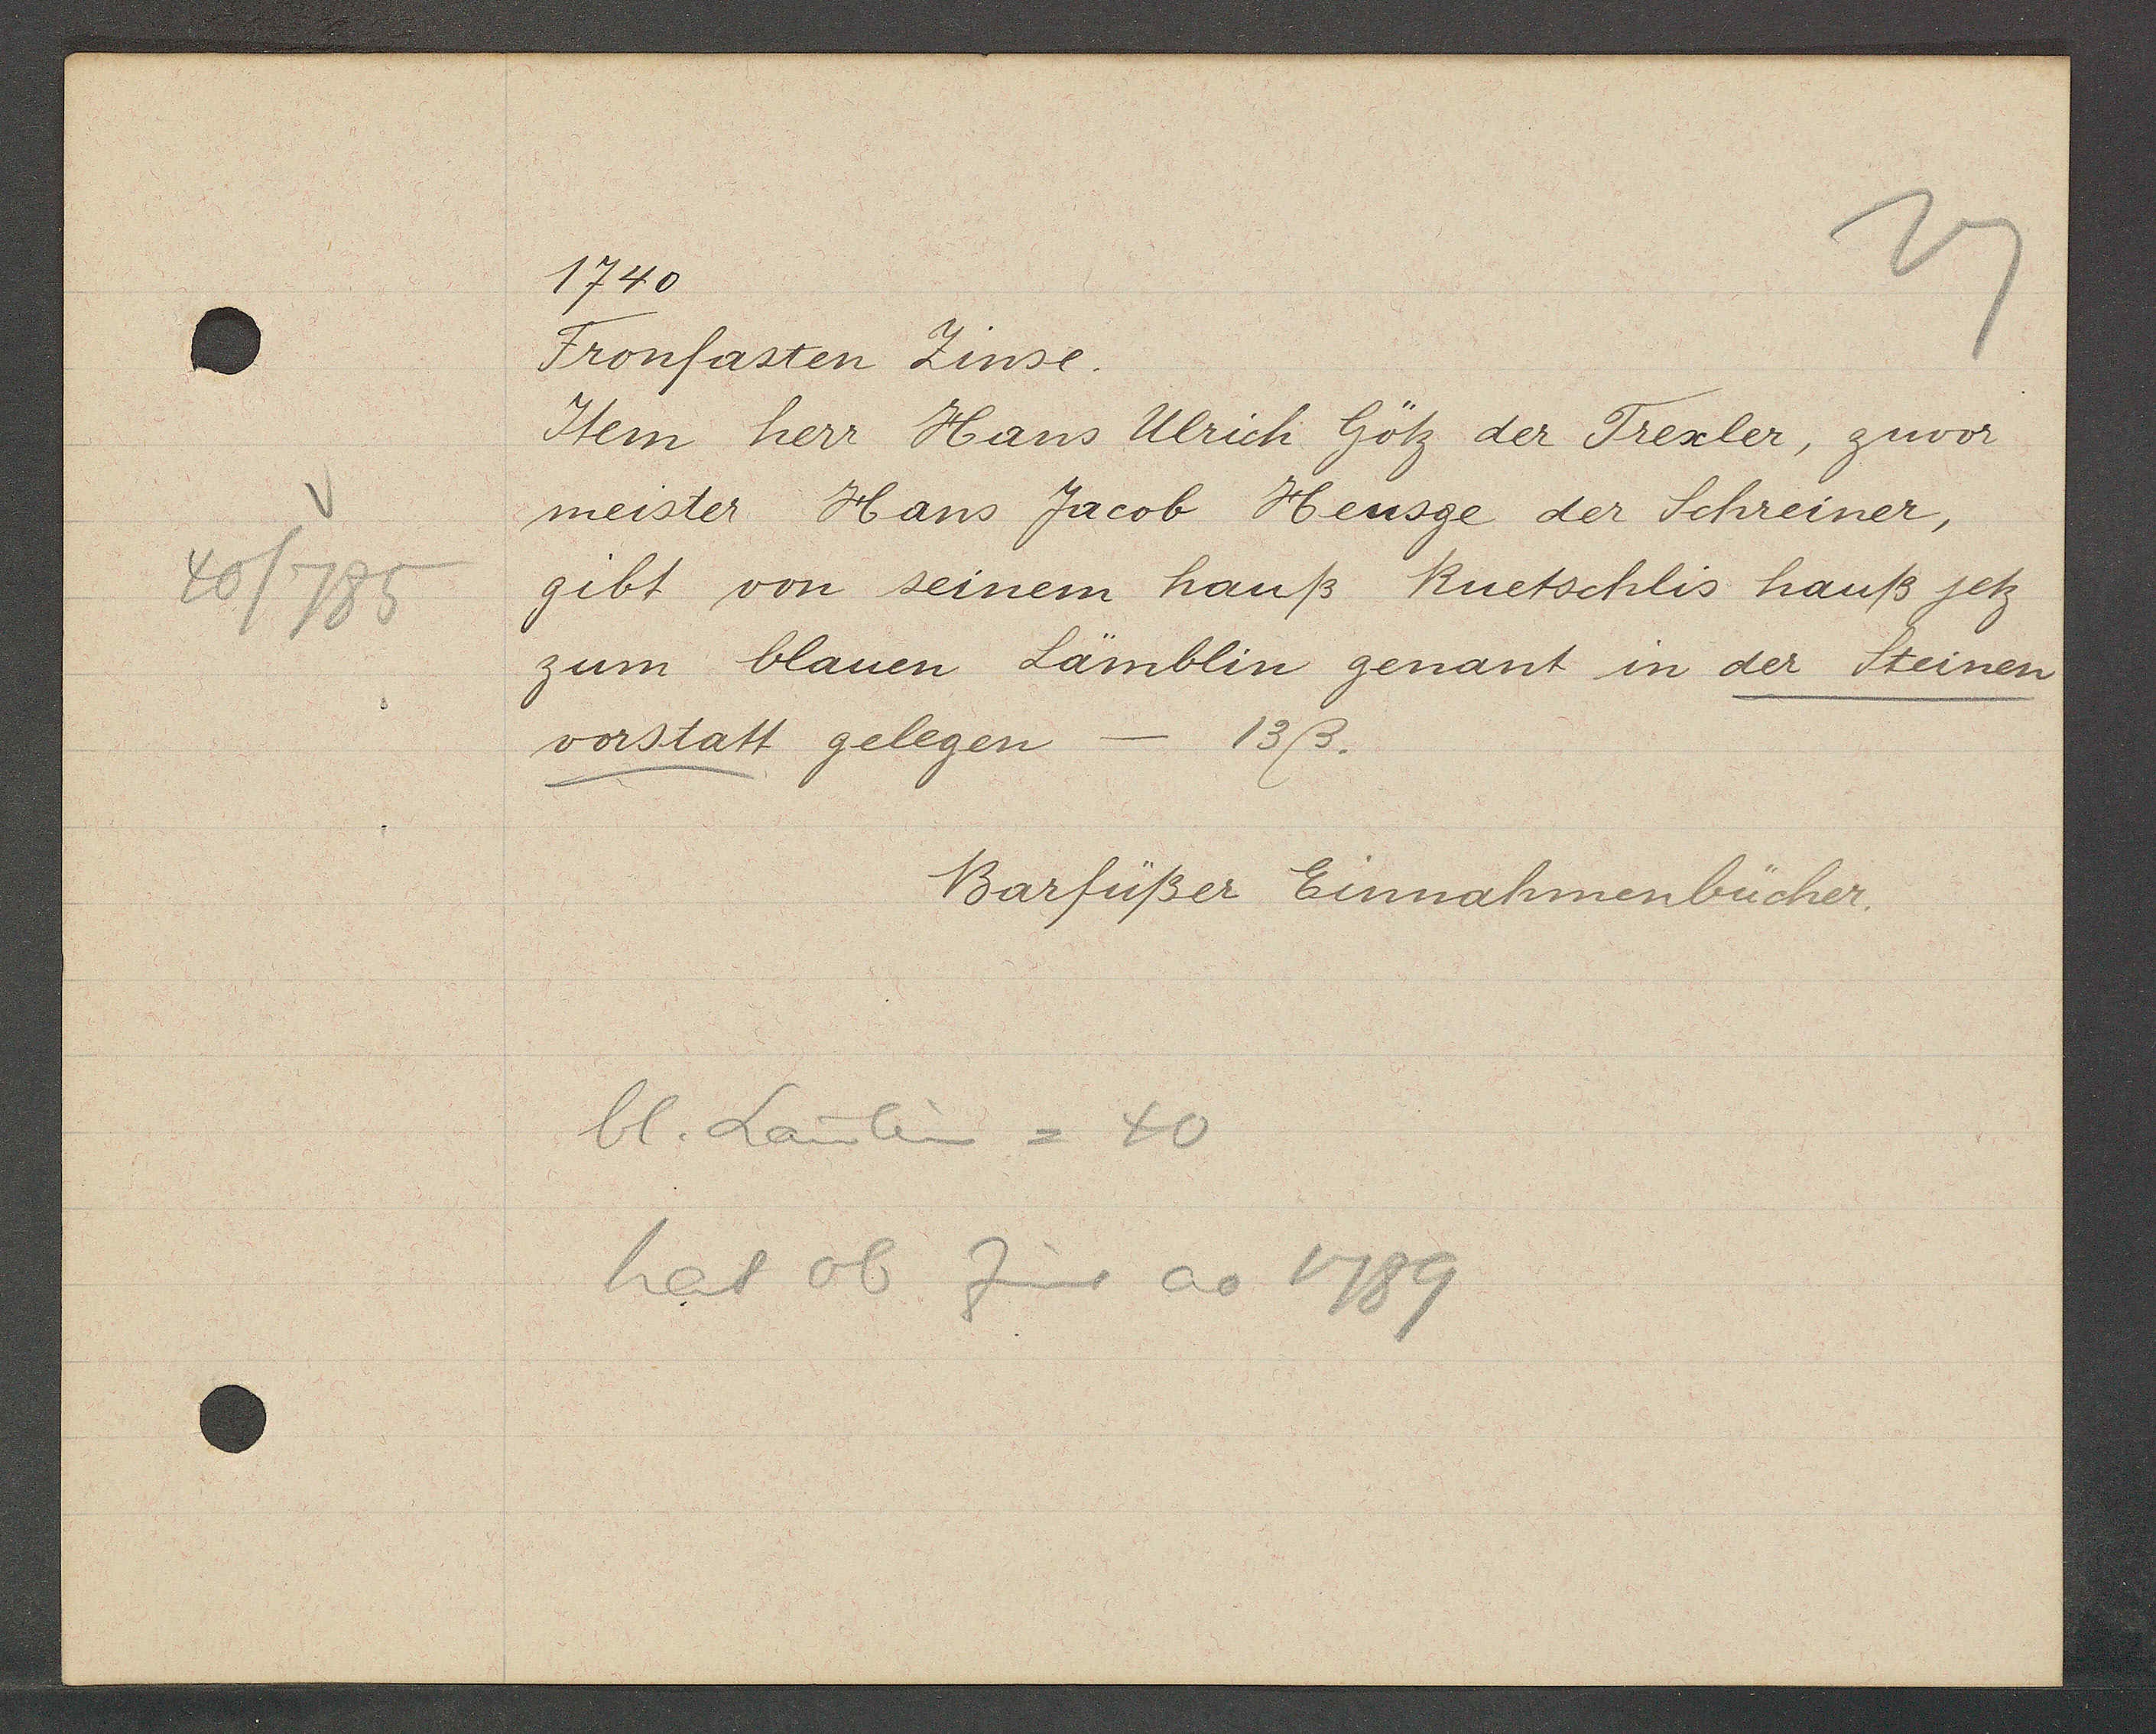
Transcript:
40/785

1740

Fronfasten Zinse.
Item herr Hans Ulrich Götz der Trexler, zuvor
meister Hans Jacob Heusge der Schreiner,
gibt von seinem hauß Ruetschlis hauß jetz
zum blauen Lämblin genant in der Steinen
vorstatt gelegen.
- 13ß.

bl. Lämlein = 40
hat ob Zins ao 1789

Barfüßer Einnahmenbücher.